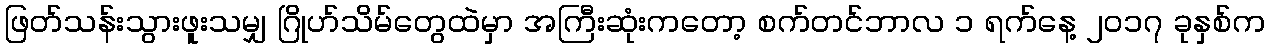
ဖြတ်သန်းသွားဖူးသမျှ ဂြိုဟ်သိမ်တွေထဲမှာ အကြီးဆုံးကတော့ စက်တင်ဘာလ ၁ ရက်နေ့ ၂၀၁၇ ခုနှစ်က